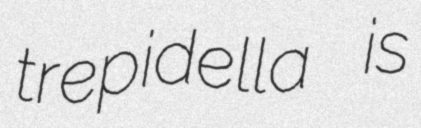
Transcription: trepidella is